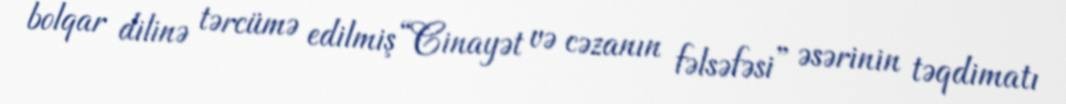
bolqar dilinə tərcümə edilmiş “Cinayət və cəzanın fəlsəfəsi” əsərinin təqdimatı